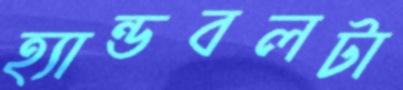
হ্যান্ডবলটা